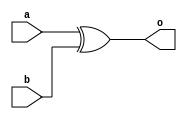
module myxor2(input a, b,
		output o);
	assign o = a ^ b;
endmodule